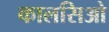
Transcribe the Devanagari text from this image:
कालसिओ